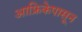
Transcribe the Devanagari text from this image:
आफ्रिकेपासून